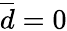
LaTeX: \overline{{d}}=0